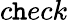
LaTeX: c\mathtt{h}eck